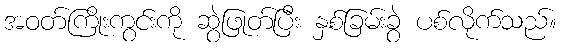
အဝတ်ကြိုးကွင်းကို ဆွဲဖြုတ်ပြီး နှစ်ခြမ်းခွဲ ပစ်လိုက်သည်။